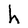
Character: h